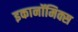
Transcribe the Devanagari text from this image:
इकानॉमिक्स